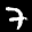
Label: 7